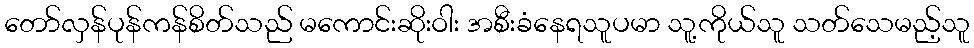
တော်လှန်ပုန်ကန်စိတ်သည် မကောင်းဆိုးဝါး အစီးခံနေရသူပမာ သူ့ကိုယ်သူ သတ်သေမည့်သူ